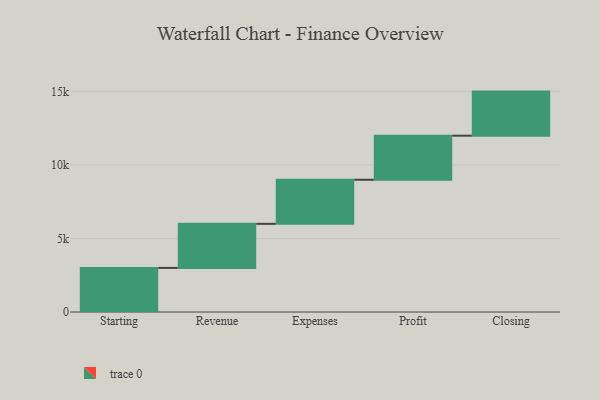
{"axis": {"x": "Step", "y": "Value"}, "legend": [""], "data": [{"x": "Starting", "y": 3000, "type": ""}, {"x": "Revenue", "y": 3000, "type": ""}, {"x": "Expenses", "y": 3000, "type": ""}, {"x": "Profit", "y": 3000, "type": ""}, {"x": "Closing", "y": 3000, "type": ""}]}